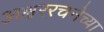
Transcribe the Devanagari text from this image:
अक्षररचनेच्या